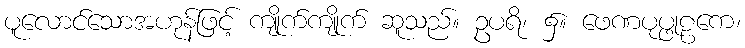
ပူလောင်သောအဟုန်ဖြင့် ကျိုက်ကျိုက် ဆူသည်။ ဥပရိ၊ ၌။ ဖေဏပုပ္ဖုဠကေ၊